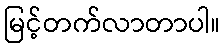
မြင့်တက်လာတာပါ။